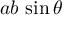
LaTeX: \mathbb { K } = \mathbb { Q }